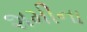
શમીના